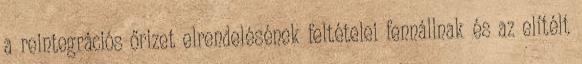
a reintegrációs őrizet elrendelésének feltételei fennállnak és az elítélt